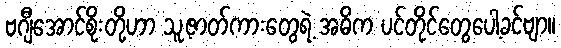
ဗဂျီအောင်စိုးတို့ဟာ သူ့ဇာတ်ကားတွေရဲ့ အဓိက ပင်တိုင်တွေပေါ့ခင်ဗျာ။